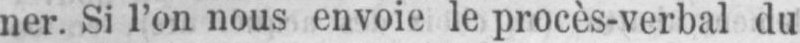
ner. Si l’on nous envoie le procès-verbal du